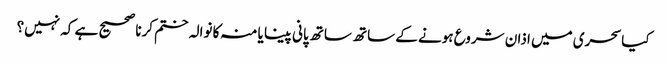
کیاسحری میں اذان شروع ہونے کے ساتھ ساتھ پانی پینا یا منہ کا نوالہ ختم کرنا صحیح ہے کہ نہیں؟